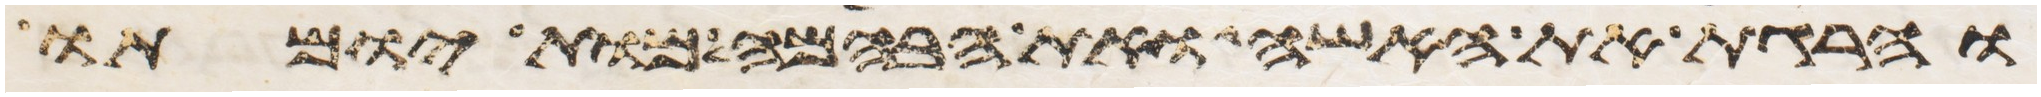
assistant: והרגת את האשה ואת הבהמה מות יומתו